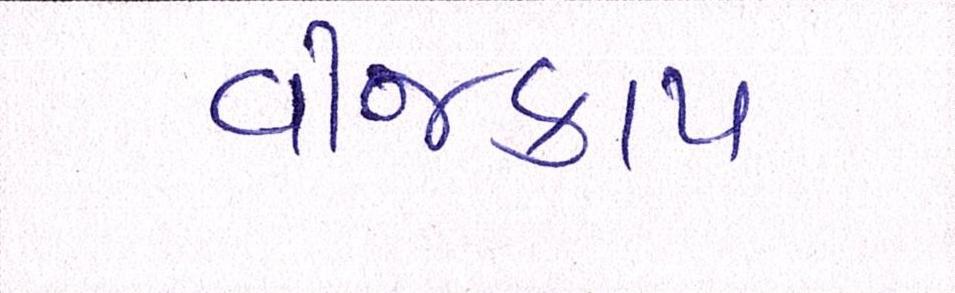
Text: વીજકાપ